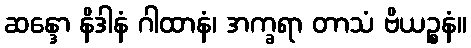
ဆန္ဒော နိဒါနံ ဂါထာနံ၊ အက္ခရာ တာသံ ဗိယဉ္စနံ။